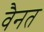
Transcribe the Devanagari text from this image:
वैनत